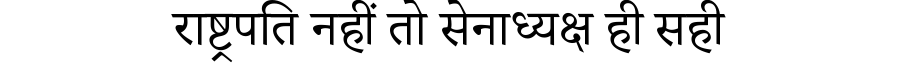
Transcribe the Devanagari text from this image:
राष्ट्रपति नहीं तो सेनाध्यक्ष ही सही